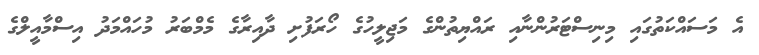
އެ މަސައްކަތުގައި މިނިސްޓަރުންނާއި ރައްޔިތުންގެ މަޖިލީހުގެ ހޯރަފުށި ދާއިރާގެ މެމްބަރު މުހައްމަދު އިސްމާއީލްގެ